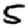
Digit: 5